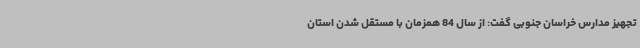
تجهیز مدارس خراسان جنوبی گفت: از سال 84 همزمان با مستقل شدن استان